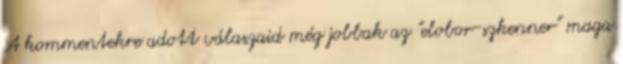
A kommentekre adott válaszaid még jobbak az "elobor-szkenner" maga